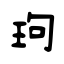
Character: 玽